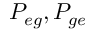
P _ { e g } , P _ { g e }